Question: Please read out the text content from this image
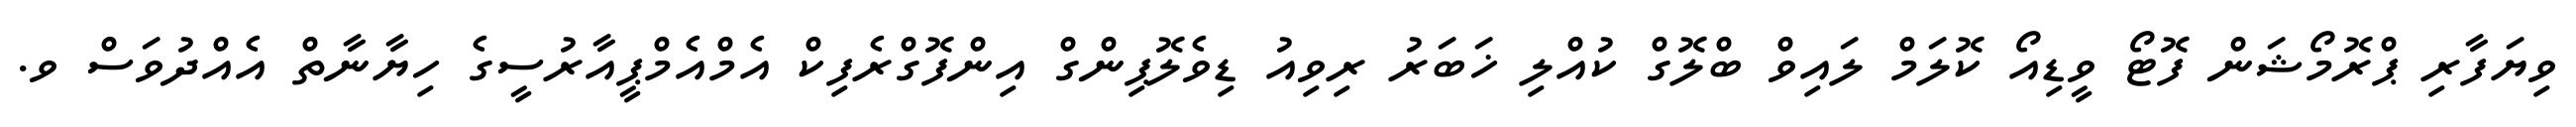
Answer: ވިޔަފާރި ޕްރޮމޯޝަން ފޮޓޯ ވީޑިއޯ ކޮލަމް ލައިވް ބްލޮގް ކުއްލި ޚަބަރު ރިވިއު ޑިވެލޮޕިންގް އިންފޮގްރެފިކް އެމްއެމްޕީއާރުސީގެ ހިޔާނާތް އެއްދުވަސް ވ.